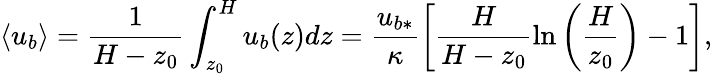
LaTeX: \left<u_{b}\right>=\frac{1}{H-z_{0}}\int_{z_{0}}^{H}u_{b}(z)dz=\frac{u_{b*}}{\kappa}\left[\frac{H}{H-z_{0}}\ln\left(\frac{H}{z_{0}}\right)-1\right],